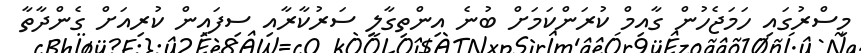
މިސްރުގައި ހަމަޖެހުން ގާއިމް ކުރަންކަމަށް ބުނެ އިންތިގާލީ ސަރުކާރާއި ސިފައިން ކުރިއަށް ގެންދާތާ